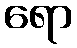
ရော